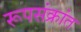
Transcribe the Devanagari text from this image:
रूपसंक्रांत